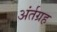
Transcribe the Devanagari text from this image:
अंर्तग्रह